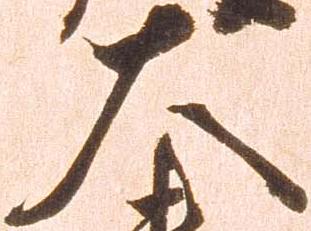
大